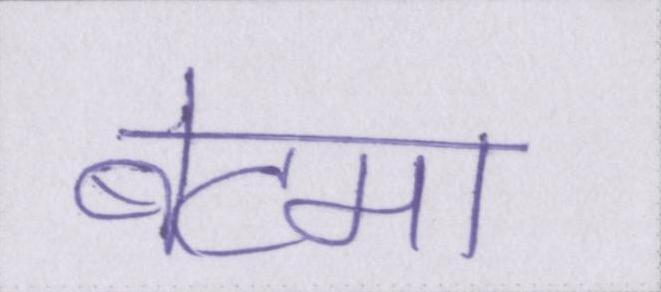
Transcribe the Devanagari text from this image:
बेटमा